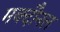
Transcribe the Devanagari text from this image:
मक्दौनल